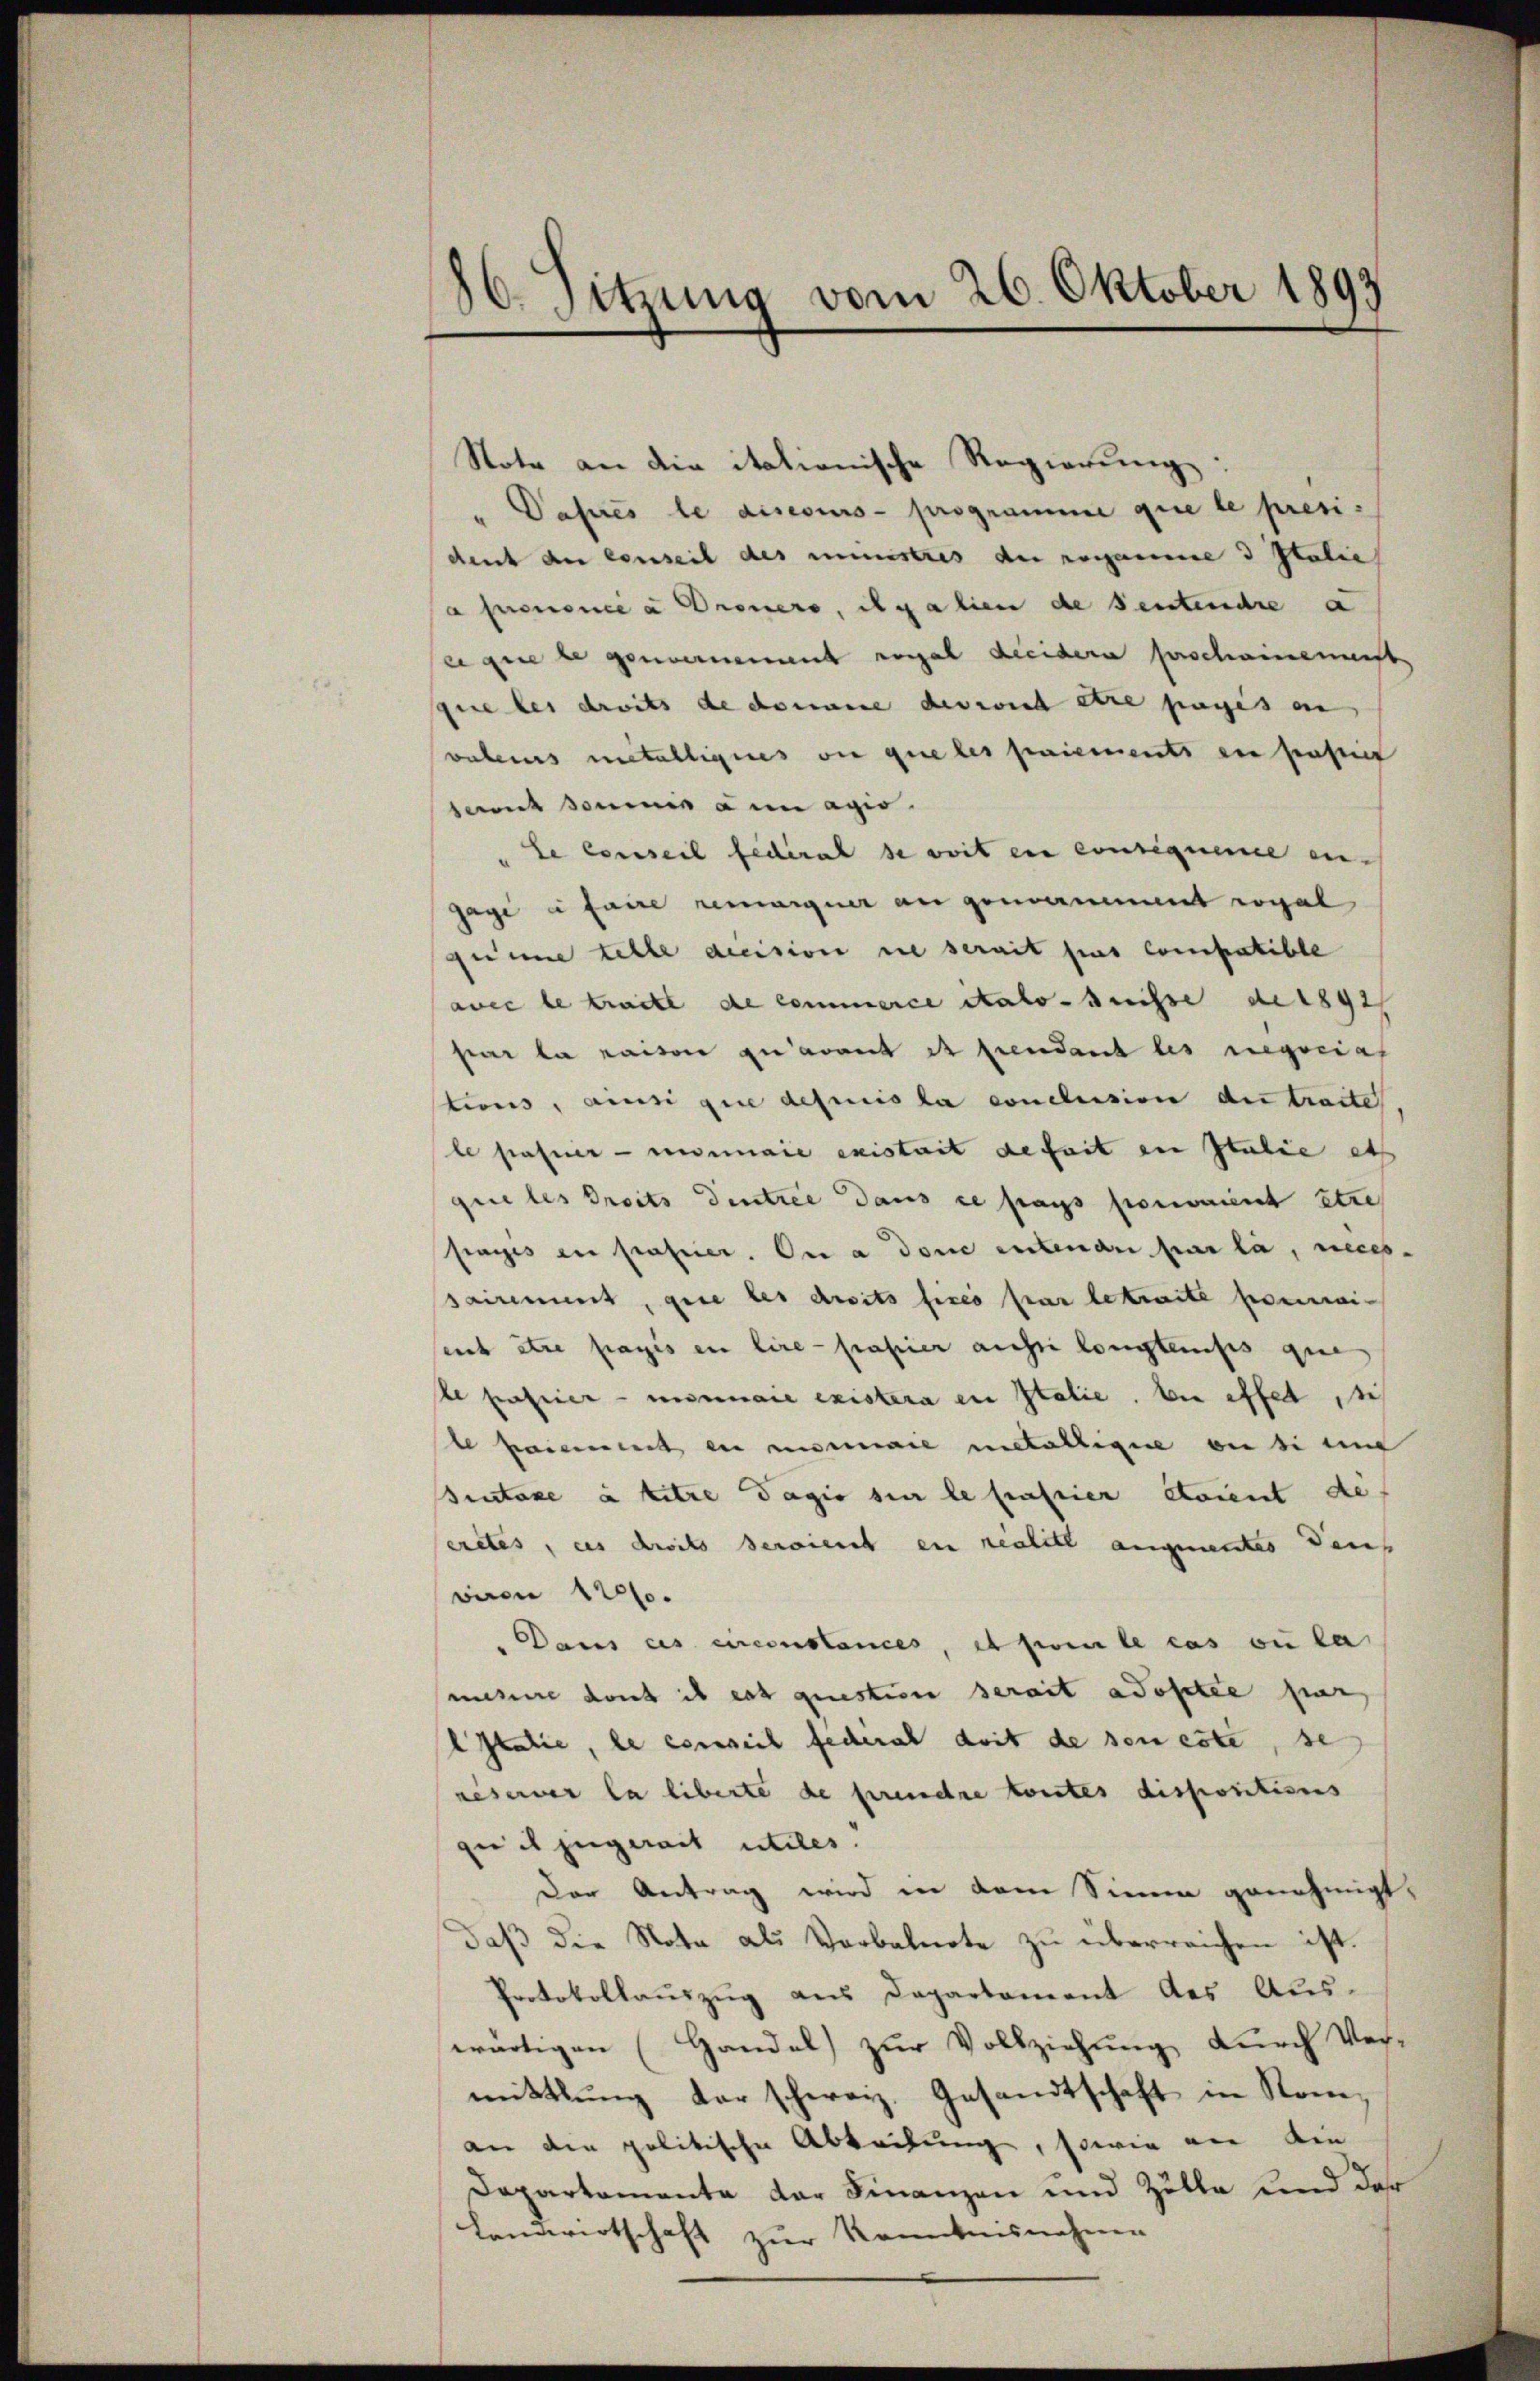
80. Sitzung vom 26. Oktober 1893

Note an die italienische Regierung.
" Pasies le disecurs- programme que le presi
dent der conseil des ministres der romannie 3 Italie
a prononcé a Dronero, egalien de sentendre a
e que le genannt vorgel dieidera perschainenmeist
que les droits de donne des wird etre pages in
valeurs metalliges die que les paiements en sonstit
samt sommen a en agio.
Le conseil federal se soit en consequeme an¬
Gage à faire remonguer an genannt regal
gumme telle decision sie serait pas compatible
avec le tracte de commerce stato suisse de 1891
par la raison zu avant et fiendant les regocial
tions, ainsi que depuis la conclusion der traites
le prasner unnaie existait deseit in Italie als
que les Droits dentree dans ce pas pronoment être
frages en prasirer. Die a donne entenden parla, nees.
sairement, que les droits fices par betraite pourrain
eich etwa praxis in lire papier aussi longtemps que
he Einfeierminaie existera in Italie, bei effet, ich
te paiement ein mare metalligue ou si auf
iutaxe à titre dagio sie le passier staient de
eretes, es droits deraient en realite angementes ders
viren 12000.
Daus des einenstances, et pour le cas ou la
messere dont il est question serait adosetée par
l Italie, le conseil federal doit de sei este, se
reserver la liberte de prendre toutes dispositions
gue es jugerait utiles.
Der Antrag wird in dem Sinne genehmigt.
daß die Nota als Verbalnote zu überreichen ist.
Protokollauszug aus Departement des Aus-
wärtigen (Handel zur Vollziehung durch Ver-
mittlung der schwarz, Gesandtschaft in Rom,
an die politische Abteilung, sowie wie die
Dapartamente der Finanzen und Zölle und der
Landwirtschaft zur Kenntnisnahme